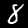
Digit: 8